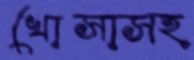
খোসাসহ